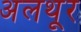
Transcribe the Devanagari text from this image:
अलथूर